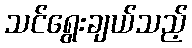
သင်ရွေးချယ်သည့်